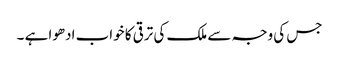
جس کی وجہ سے ملک کی ترقی کا خواب ادھوا ہے ۔